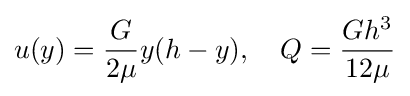
u(y)={\frac {G}{2\mu }}y(h-y),\quad Q={\frac {Gh^{3}}{12\mu }}